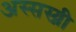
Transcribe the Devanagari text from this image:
अस्सस्य्नी